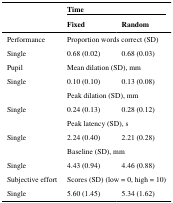
<table><thead><tr><td rowspan="2"></td><td colspan="2"><b>Time</b></td></tr><tr><td><b>Fixed</b></td><td><b>Random</b></td></tr></thead><tbody><tr><td>Performance</td><td colspan="2">Proportion words correct (SD)</td></tr><tr><td>Single</td><td>0.68 (0.02)</td><td>0.68 (0.03)</td></tr><tr><td>Pupil</td><td colspan="2">Mean dilation (SD), mm</td></tr><tr><td>Single</td><td>0.10 (0.10)</td><td>0.13 (0.08)</td></tr><tr><td></td><td colspan="2">Peak dilation (SD), mm</td></tr><tr><td>Single</td><td>0.24 (0.13)</td><td>0.28 (0.12)</td></tr><tr><td></td><td colspan="2">Peak latency (SD), s</td></tr><tr><td>Single</td><td>2.24 (0.40)</td><td>2.21 (0.28)</td></tr><tr><td></td><td colspan="2">Baseline (SD), mm</td></tr><tr><td>Single</td><td>4.43 (0.94)</td><td>4.46 (0.88)</td></tr><tr><td>Subjective effort</td><td colspan="2">Scores (SD) (low = 0, high = 10)</td></tr><tr><td>Single</td><td>5.60 (1.45)</td><td>5.34 (1.62)</td></tr></tbody></table>